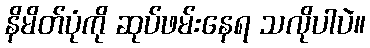
နိမိတ်ပုံကို ဆုပ်ဖမ်းနေရ သလိုပါပဲ။